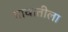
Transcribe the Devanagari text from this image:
गावातीला